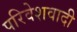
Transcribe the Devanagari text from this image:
परिवेशवादी